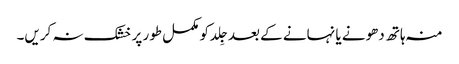
منہ ہاتھ دھونے یا نہانے کے بعد جِلد کو مکمل طور پر خشک نہ کریں۔